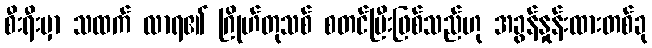
စီးရီးမှာ သထက် လာရ၏ ဂြိုဟ်တုသစ် စတင်ပြီးဖြစ်သည်ဟု အခွန်နှုန်းထားတစ်ခု